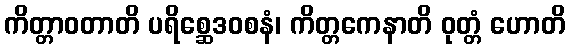
ကိတ္တာဝတာတိ ပရိစ္ဆေဒဝစနံ၊ ကိတ္တကေနာတိ ဝုတ္တံ ဟောတိ